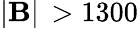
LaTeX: \mathbf{\left|B\right|}\, >1300